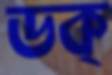
ডক্